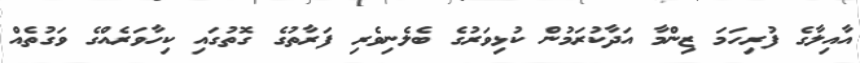
އާއިލާގެ ފުރިހަމަ ޒިންމާ އަދާކުރަމުން ކުޅިވަރުގެ ބެލެނިވެރި ފަރާތުގެ ގޮތުގައި ކިހާވަރެއްގެ ވަގުތެއް